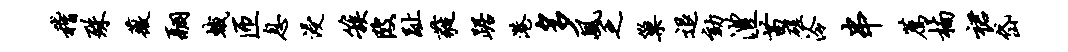
稽殊薇翮蛾匝息浸簇陂趾蕤踞港多风乏巢退劾澧苗磋泠串荐楠裙岱